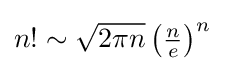
{\textstyle n!\sim {\sqrt {2\pi n}}\left({\frac {n}{e}}\right)^{n}}